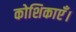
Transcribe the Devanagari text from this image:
कोशिकाएँ।